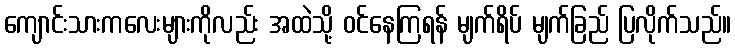
ကျောင်းသားကလေးများကိုလည်း အထဲသို့ ဝင်နေကြရန် မျက်ရိပ် မျက်ခြည် ပြလိုက်သည်။